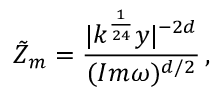
\tilde { Z } _ { m } = \frac { | k ^ { \frac { 1 } { 2 4 } } y | ^ { - 2 d } } { ( I m \omega ) ^ { d / 2 } } \, ,